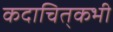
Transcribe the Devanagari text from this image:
कदाचित्‌कभी